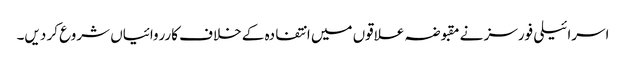
اسرائیلی فورسز نے مقبوضہ علاقوں میں انتفادہ کے خلاف کارروائیاں شروع کر دیں۔